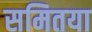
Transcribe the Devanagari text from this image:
समितया